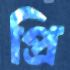
প্রি